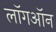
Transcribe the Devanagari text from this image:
लॉगऑन